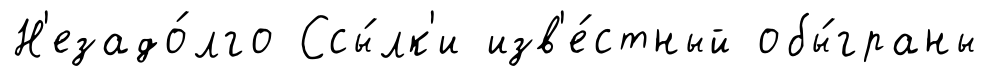
Н'езадо́лго Ссы́лк'и изв'е́стный обы́граны